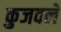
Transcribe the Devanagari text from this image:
कुजवले